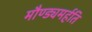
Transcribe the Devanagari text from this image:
मौण्ड्यमर्हति